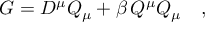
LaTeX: G = D ^ { \mu } Q _ { \mu } + \beta \, Q ^ { \mu } Q _ { \mu } \quad ,